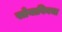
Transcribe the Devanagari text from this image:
सोयाबिनचा